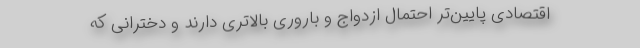
اقتصادی پایین‌تر احتمال ازدواج و باروری بالاتری دارند و دخترانی که